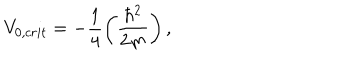
V _ { 0 , c r i t } = - \frac { 1 } { 4 } \left( \frac { \hbar ^ { 2 } } { 2 m } \right) ,